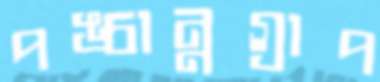
পঙ্চান্নগ্রাপ